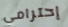
إحترامي